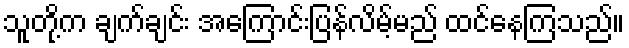
သူတို့က ချက်ချင်း အကြောင်းပြန်လိမ့်မည် ထင်နေကြသည်။